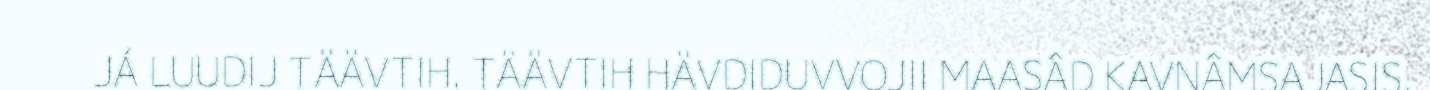
JÁ LUUDIJ TÄÄVTIH. TÄÄVTIH HÄVDIDUVVOJII MAASÂD KAVNÂMSAJASIS,